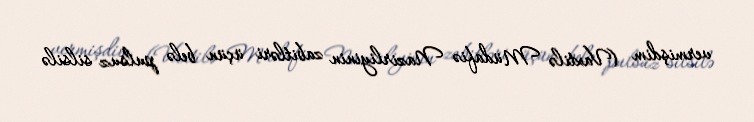
vermişdim (Vaxtilə Müdafiə Nazirliyinin zabitləri üçün belə pulsuz silsilə